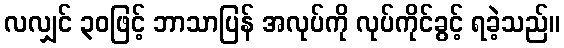
လလျှင် ၃၀ဖြင့် ဘာသာပြန် အလုပ်ကို လုပ်ကိုင်ခွင့် ရခဲ့သည်။